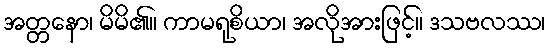
အတ္တနော၊ မိမိ၏။ ကာမရုစိယာ၊ အလိုအားဖြင့်။ ဒသဗလဿ၊